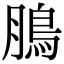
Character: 𩿊